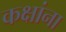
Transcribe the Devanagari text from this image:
कक्षांना